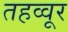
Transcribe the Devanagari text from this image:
तहव्वूर